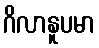
ဂိလာနူပမာ